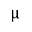
\upmu